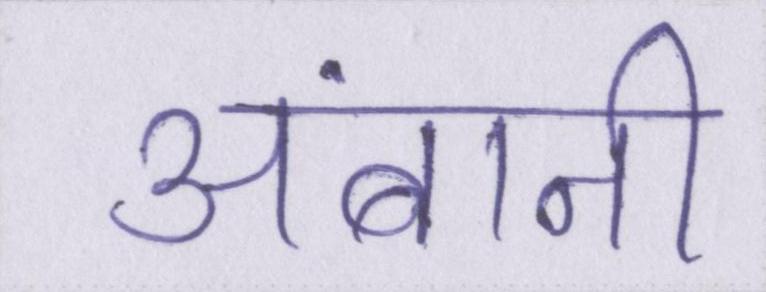
अंबानी